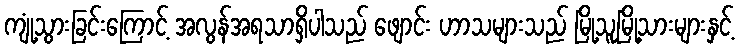
ကျုံ့သွားခြင်းကြောင့် အလွန်အရသာရှိပါသည် ဖျောင်း ဟာသများသည် မြို့သူမြို့သားများနှင့်